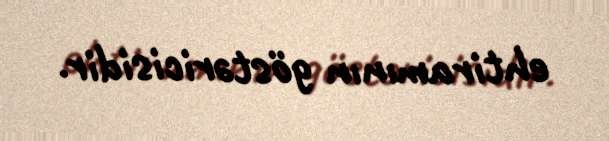
ehtiramının göstəricisidir.